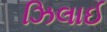
ઝિલાઈ